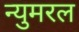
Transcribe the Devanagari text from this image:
न्युमरल